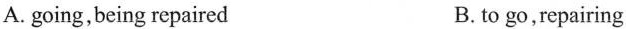
A. going,being repaired B. to go,repairing